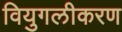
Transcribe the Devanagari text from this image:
वियुगलीकरण